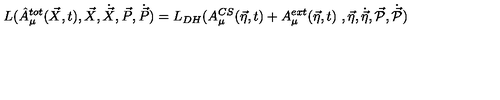
L ( \hat { A } _ { \mu } ^ { t o t } ( \vec { X } , t ) , \vec { X } , \dot { \vec { X } } , \vec { P } , \dot { \vec { P } } ) = L _ { D H } ( A _ { \mu } ^ { C S } ( \vec { \eta } , t ) + A _ { \mu } ^ { e x t } ( \vec { \eta } , t ) \ , \vec { \eta } , \dot { \vec { \eta } } , \vec { \cal { P } } , \dot { \vec { \cal { P } } } )